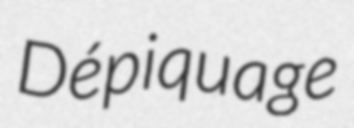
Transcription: Dépiquage